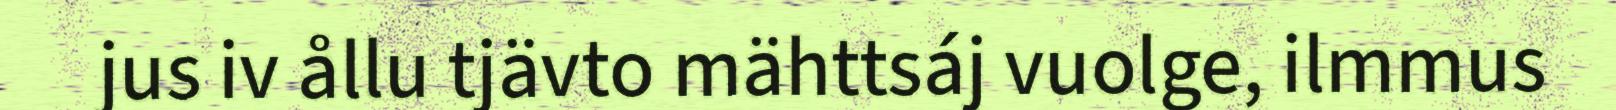
jus iv ållu tjävto mähttsáj vuolge, ilmmus